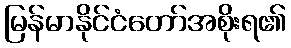
မြန်မာနိုင်ငံတော်အစိုးရ၏